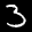
Label: 3